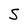
Character: S